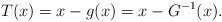
LaTeX: \begin{align*}T(x)=x-g(x)=x-G^{-1}(x).\end{align*}